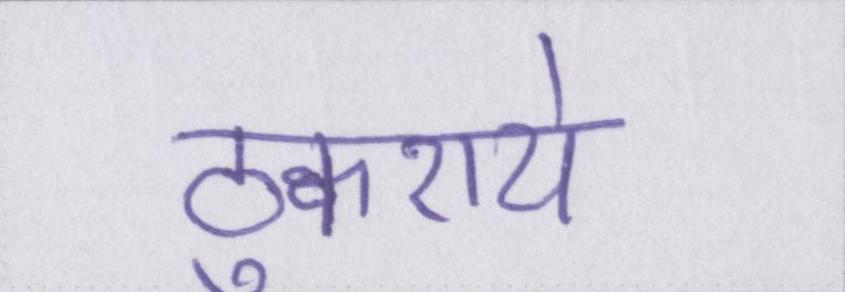
ठुकराये